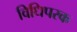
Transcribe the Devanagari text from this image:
विधिपरक